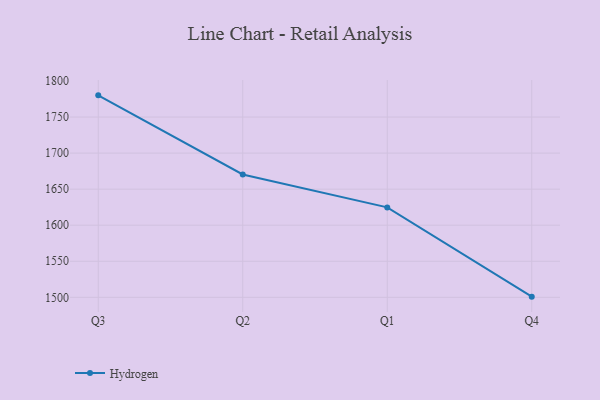
{"axis": {"x": "Quarter", "y": "Page Views"}, "legend": ["Hydrogen"], "data": [{"x": "Q3", "y": 1780.1, "type": "Hydrogen"}, {"x": "Q2", "y": 1670.4, "type": "Hydrogen"}, {"x": "Q1", "y": 1624.7, "type": "Hydrogen"}, {"x": "Q4", "y": 1500.9, "type": "Hydrogen"}]}